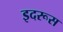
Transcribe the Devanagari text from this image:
इदरूस